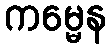
ကမ္မေန